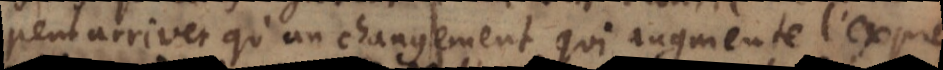
peut arriver qu’un changement qui augmente l’expression